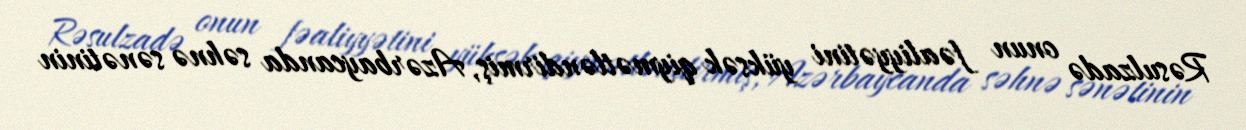
Rəsulzadə onun fəaliyyətini yüksək qiymətləndirmiş, Azərbaycanda səhnə sənətinin